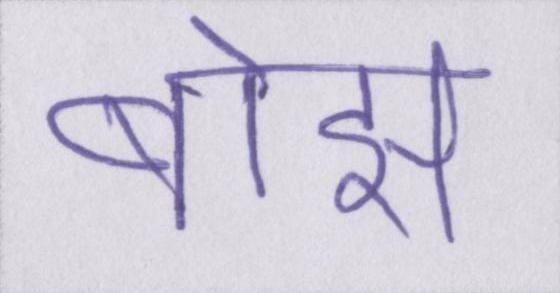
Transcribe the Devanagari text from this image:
बोझ